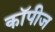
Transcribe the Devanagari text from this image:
कॉपीज